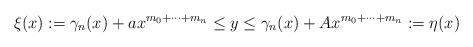
LaTeX: \begin{align*}\xi(x) := \gamma_n(x) +a x^{m_0+\dots +m_n} \leq y \leq \gamma_n(x) +Ax^{m_0+\dots +m_n} :=\eta(x)\end{align*}